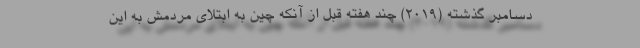
دسامبر گذشته (۲۰۱۹) چند هفته قبل از آنکه چین به ابتلای مردمش به این